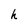
Character: h